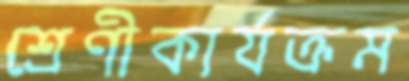
শ্রেণীকার্যক্রম